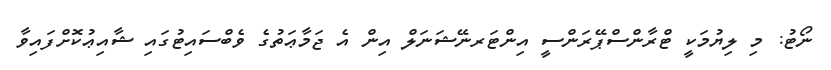
ނޯޓު: މި ލިޔުމަކީ ޓްރާންސްޕޭރަންސީ އިންޓަރނޭޝަނަލް އިން އެ ޖަމާޢަތުގެ ވެބްސައިޓުގައި ޝާއިޢުކޮށްފައިވާ